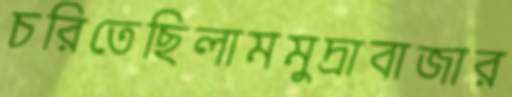
চরিতেছিলামমুদ্রাবাজার